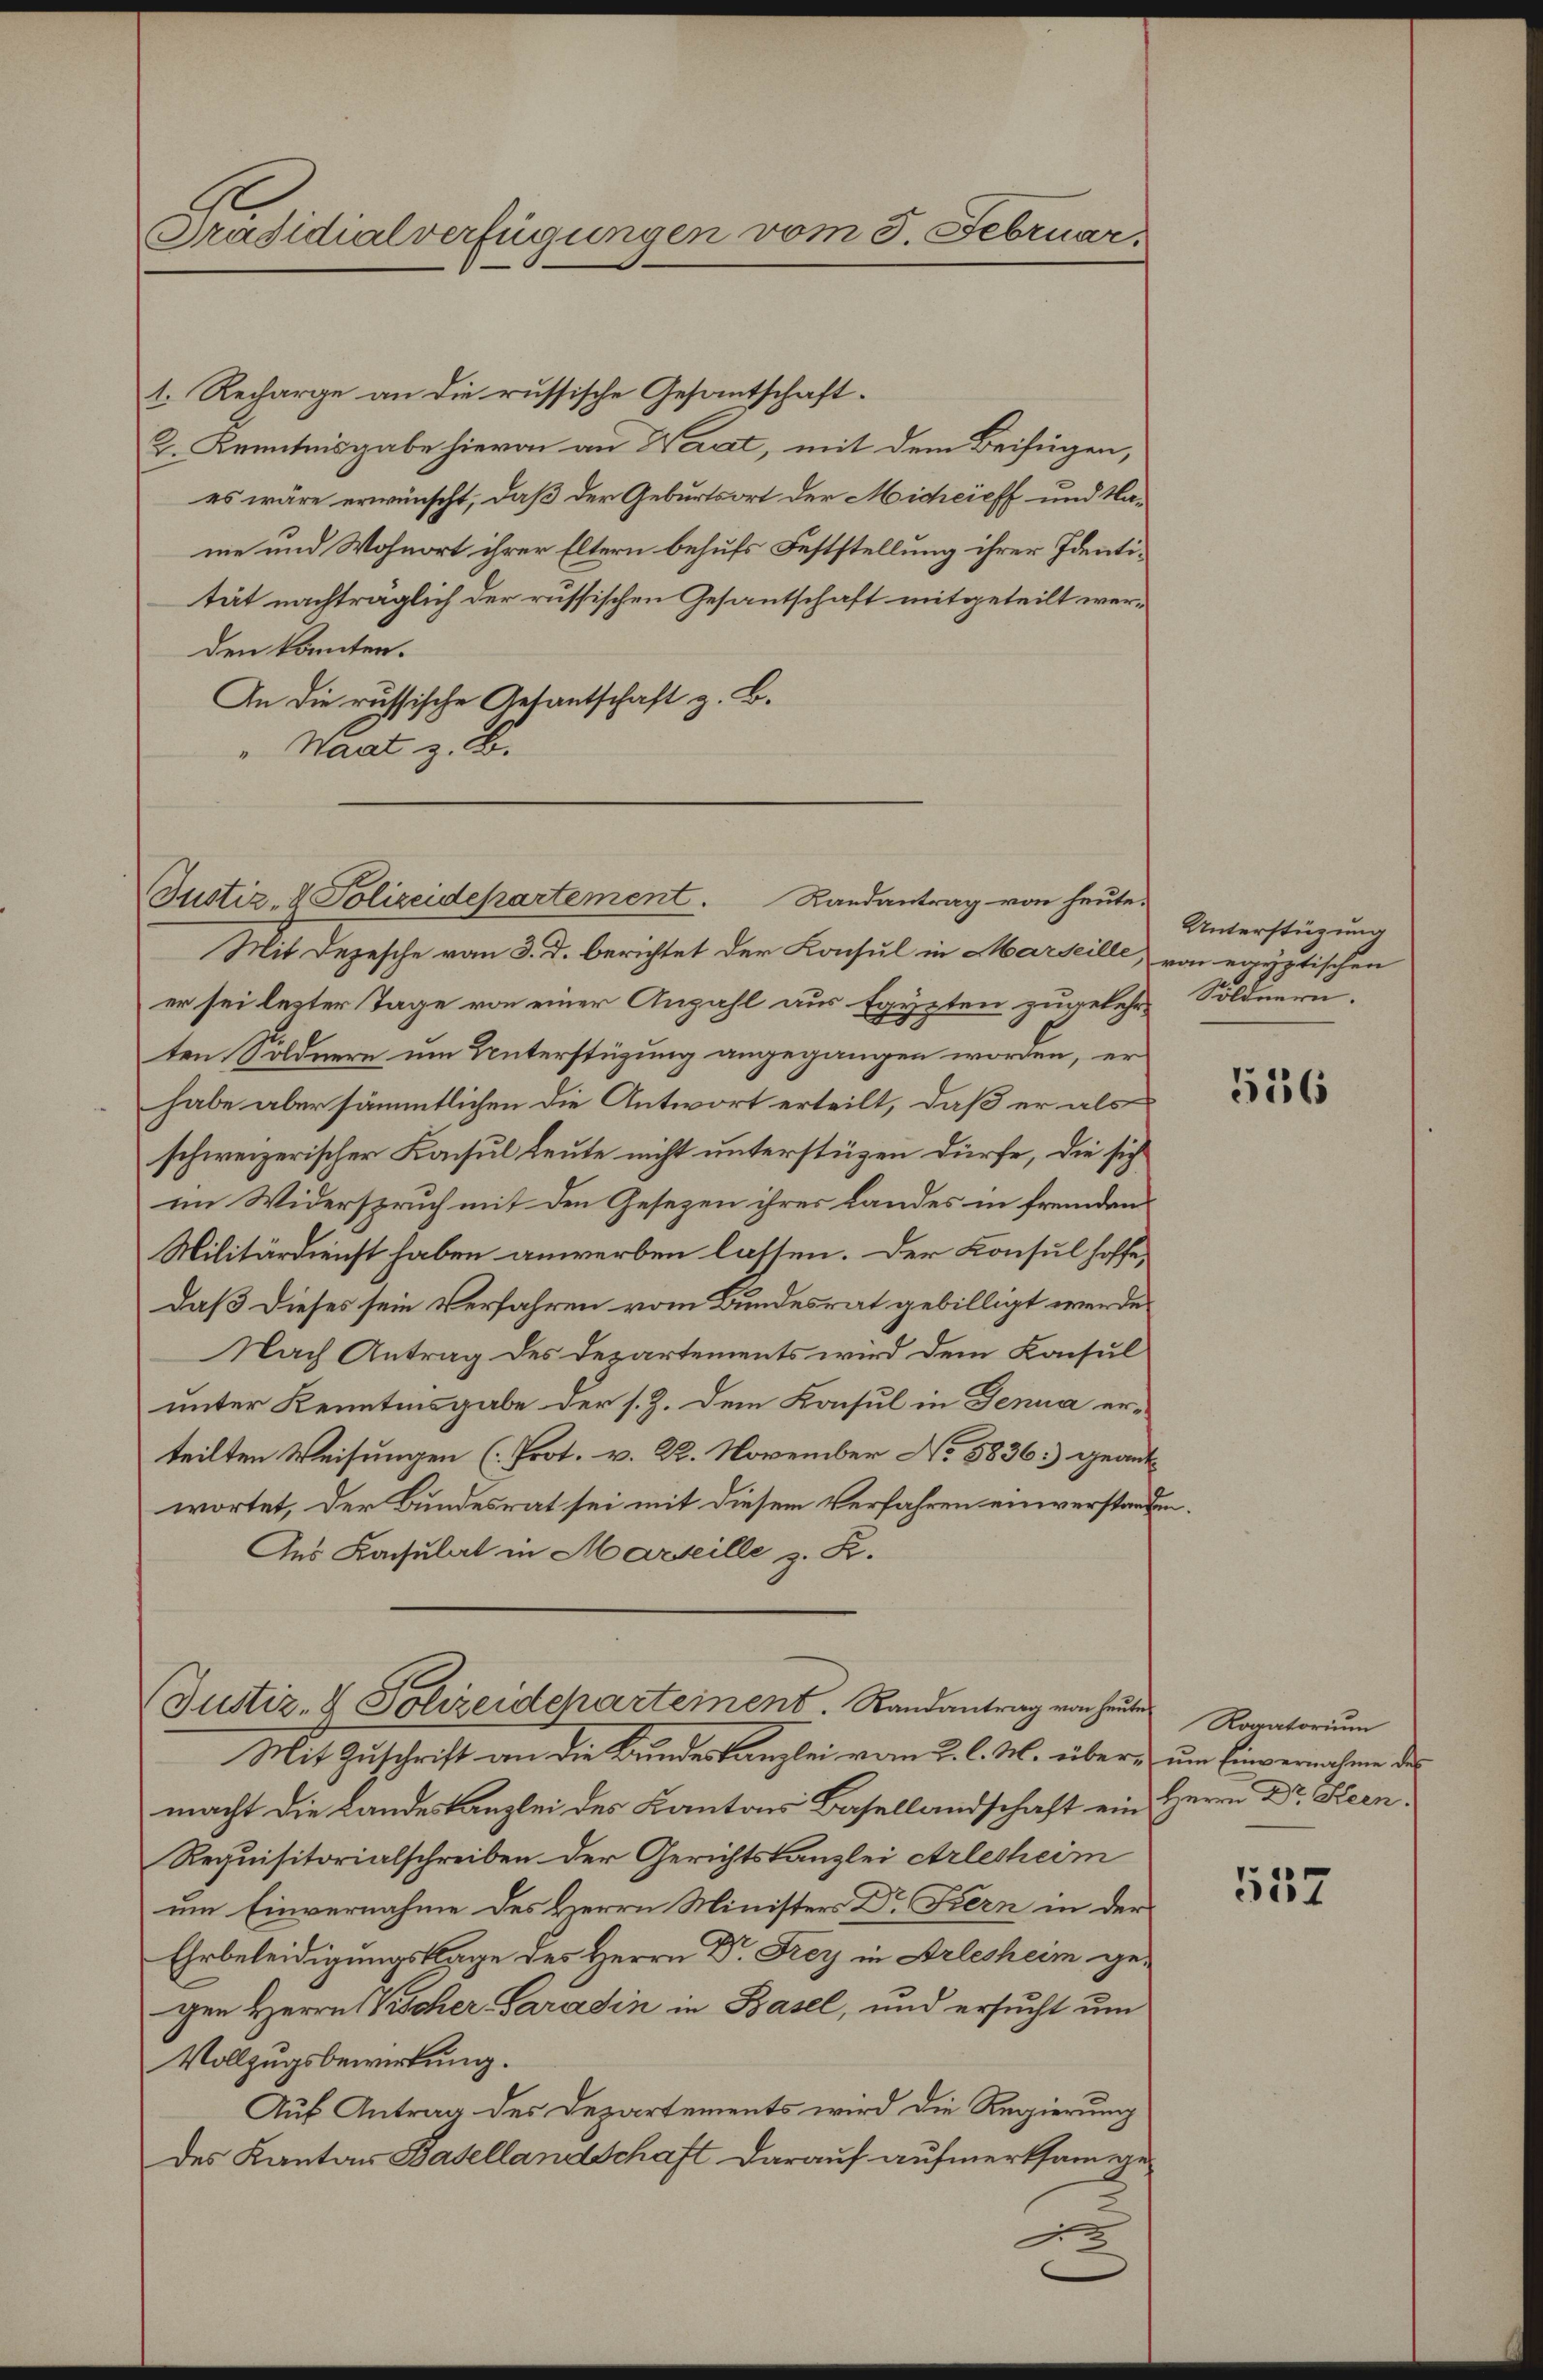
Präsidialverfügungen vom 3. Februar.

1. Recharge an die russische Gesantschaft¬
2. Kenntnisgabe hievon an Waadt, mit dem Beifügen,
es wäre erwünscht, daß der Geburtsort der Micheieff und Nane und Wohnort ihrer Eltern behufs Feststellung ihrer Identität nachträglich der russischen Gesantschaft mitgeteilt werden konnten.
An die russische Anfantschaft z. B.
"Haat z. B.

Mit Depesche vom 3. d. berichtet der Konsul in Marseille, von egyptischen
er sei lezter Tage von einer Anzahl aus Egypten zugelehre Söldnern.
ten Söldnern um Unterstüzung angegangen worden, er
habe aber sämmtlichen die Antwort erteilt, daß er als
schweizerischer Konsul Leute nicht unterstüzen dürfe, die sich
im Widerspruch mit den Gesezen ihres Landes in fremden
Militärdienst haben anwerben lassen. Der Konsul hoffe,
daß dieses sein Verfahren vom Bundesrat gebilligt werde.
Nach Antrag des Departements wird dem Konsul
unter Kenntnisgabe der s. Z. dem Konsul in Genua erteilten Weisungen (Prot. v. 22. November No 8836) geantwortet, der Bundesrat sei mit diesem Verfahren einverstand¬
Aus Kacsulat in Marseille z. R.
Justiz- & Polizeidcharteinent. Randantrag von heuten
Mit Zuschrift an die Bundeskanzlei vom 2. l. M. über um Einvernahme des
macht die Landeskanzlei des Kantons Basellandschaft ein
Requisitorialschreiben der Gerichtskanzlei erlesheim
um Einvernahme des Herrn Ministers Dr Kern in der
Ehrbeleidigungsklage des Herrn Dr. Frey in Arlesheim gegen Herrn Vischer Paradin in Basel, und ersucht um
Vollzugsbewirkung.
Auf Antrag des Departements wird die Regierung
des Kanton Basellandschaft darauf aufmerksamege

Justiz- & Polizeidepartement. Randantrag von heute.

Unterstüzung

.

5136

Rogatorium
Herrn Dr. Steen.

557